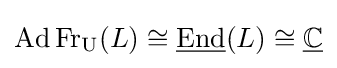
\operatorname {Ad} \operatorname {Fr} _{\operatorname {U} }(L)\cong {\underline {\operatorname {End} }}(L)\cong {\underline {\mathbb {C} }}